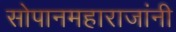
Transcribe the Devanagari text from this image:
सोपानमहाराजांनी